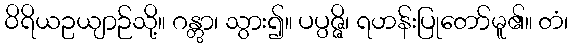
ဝိရိယဥယျာဉ်သို့။ ဂန္တွာ၊ သွား၍။ ပပ္ပဇ္ဇိ၊ ရဟန်းပြုတော်မူ၏။ တံ၊